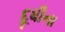
દૂધીના